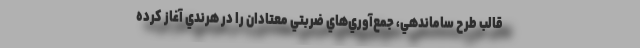
قالب طرح ساماندهي، جمع‌آوري‌هاي ضربتي معتادان را در هرندي آغاز كرده